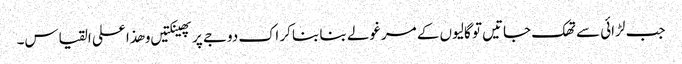
جب لڑائی سے تھک جاتیں تو گالیوں کے مرغولے بنا بنا کر اک دوجے پر پھینکتیں و ھذا علی القیاس۔